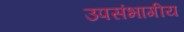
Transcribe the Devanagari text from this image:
उपसंभागीय